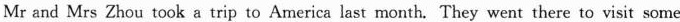
Mr and Mrs Zhou took a trip to America last month. They went there to visit some